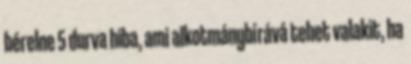
bérelne 5 durva hiba, ami alkotmánybírává tehet valakit, ha